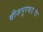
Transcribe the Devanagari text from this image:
वीजपुरवठाही